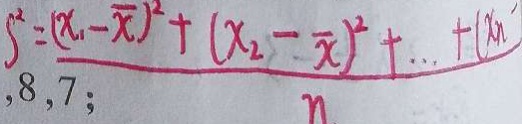
S ^ { 2 } = \frac { ( x _ { 1 } - \overline { x } ) ^ { 2 } + ( x _ { 2 } - \overline { x } ) ^ { 2 } + \cdots + ( x _ { n } - } { n }